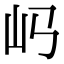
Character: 𡴰